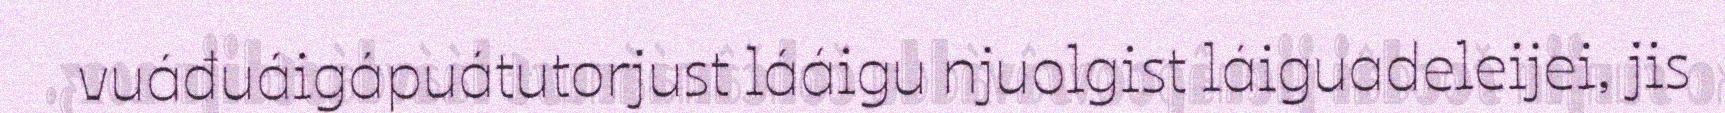
vuáđuáigápuátutorjust lááigu njuolgist láiguadeleijei, jis